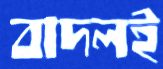
বাদলই